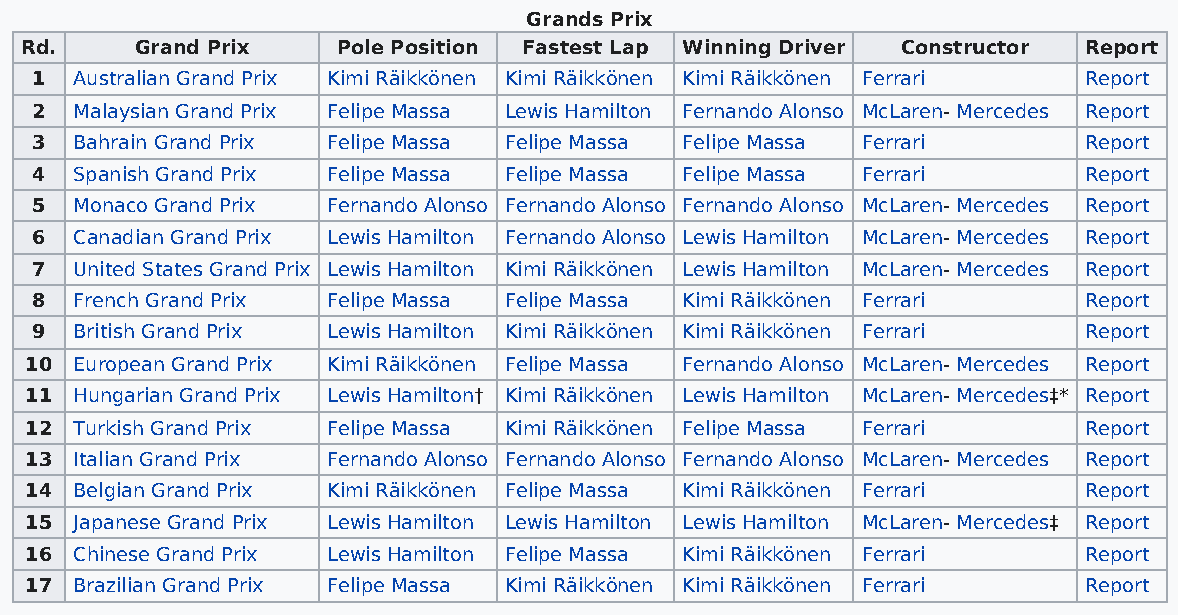
Grands Prix
 Rd.     Grand Prix   Pole Position Fastest Lap Winning Driver Constructor Report
 1  Australian Grand Prix Kimi Räikkönen Kimi Räikkönen Kimi Räikkönen Ferrari Report
 2  Malaysian Grand Prix Felipe Massa Lewis Hamilton Fernando Alonso McLaren- Mercedes Report
 3  Bahrain Grand Prix Felipe Massa Felipe Massa Felipe Massa Ferrari  Report
 4  Spanish Grand Prix Felipe Massa Felipe Massa Felipe Massa Ferrari  Report
 5  Monaco Grand Prix Fernando Alonso Fernando Alonso Fernando Alonso McLaren- Mercedes Report
 6  Canadian Grand Prix Lewis Hamilton Fernando Alonso Lewis Hamilton McLaren- Mercedes Report
 7  United States Grand Prix Lewis Hamilton Kimi Räikkönen Lewis Hamilton McLaren- Mercedes Report
 8  French Grand Prix Felipe Massa Felipe Massa Kimi Räikkönen Ferrari Report
 9  British Grand Prix Lewis Hamilton Kimi Räikkönen Kimi Räikkönen Ferrari Report
 10 European Grand Prix Kimi Räikkönen Felipe Massa Fernando Alonso McLaren- Mercedes Report
 11 Hungarian Grand Prix Lewis Hamilton† Kimi Räikkönen Lewis Hamilton McLaren- Mercedes‡* Report
 12 Turkish Grand Prix Felipe Massa Kimi Räikkönen Felipe Massa Ferrari Report
 13 Italian Grand Prix Fernando Alonso Fernando Alonso Fernando Alonso McLaren- Mercedes Report
 14 Belgian Grand Prix Kimi Räikkönen Felipe Massa Kimi Räikkönen Ferrari Report
 15 Japanese Grand Prix Lewis Hamilton Lewis Hamilton Lewis Hamilton McLaren- Mercedes‡ Report
 16 Chinese Grand Prix Lewis Hamilton Felipe Massa Kimi Räikkönen Ferrari Report
 17 Brazilian Grand Prix Felipe Massa Kimi Räikkönen Kimi Räikkönen Ferrari Report